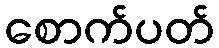
စောက်ပတ်